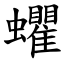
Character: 蠷